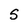
Character: 5